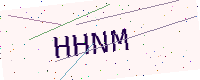
Text: HHNM